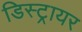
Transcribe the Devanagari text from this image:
डिस्ट्रायर